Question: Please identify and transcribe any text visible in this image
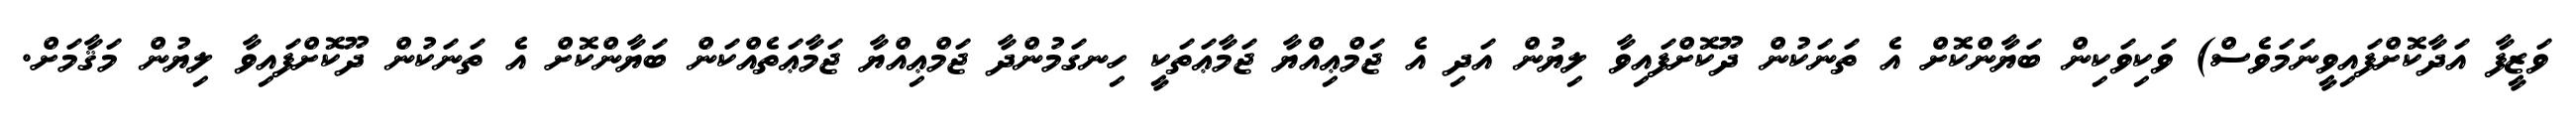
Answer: ވަޒީފާ އަދާކޮށްފައިވީނަމަވެސް) ވަކިވަކިން ބަޔާންކޮށް އެ ތަނަކުން ދޫކޮށްފައިވާ ލިޔުން އަދި އެ ޖަމްޢިއްޔާ ޖަމާޢަތަކީ ހިނގަމުންދާ ޖަމްޢިއްޔާ ޖަމާޢަތެއްކަން ބަޔާންކޮށް އެ ތަނަކުން ދޫކޮށްފައިވާ ލިޔުން މަޤާމަށް.